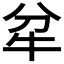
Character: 𤘝